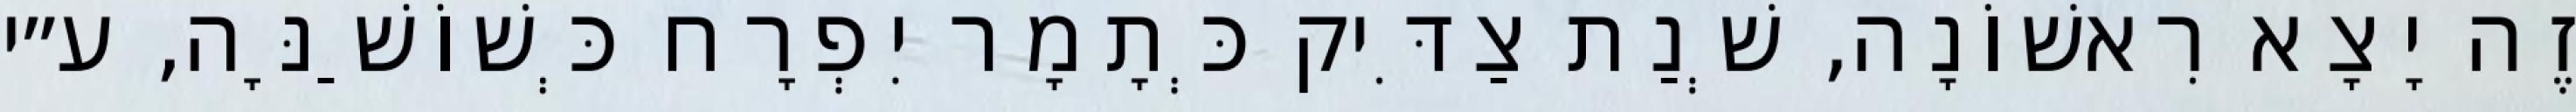
זֶה יָצָא רִאשׁוֹנָה, שְׁנַת צַדִּיק כְּתָמָר יִפְרָח כְּשׁוֹשַׁנָּה, ע״י